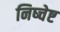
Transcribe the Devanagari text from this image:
निष्चेष्ट